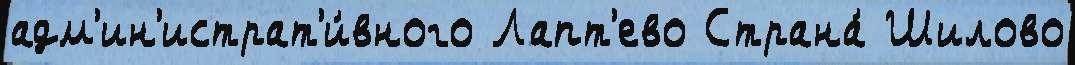
адм'ин'истрат'и́вного Лапт'ево Страна́ Шилово